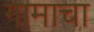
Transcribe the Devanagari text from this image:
गामाचा